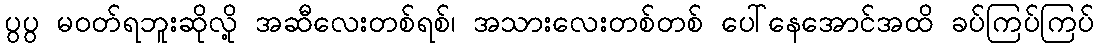
ပွပွ မဝတ်ရဘူးဆိုလို့ အဆီလေးတစ်ရစ်၊ အသားလေးတစ်တစ် ပေါ်နေအောင်အထိ ခပ်ကြပ်ကြပ်